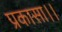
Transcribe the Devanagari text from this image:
प्रकासा।।